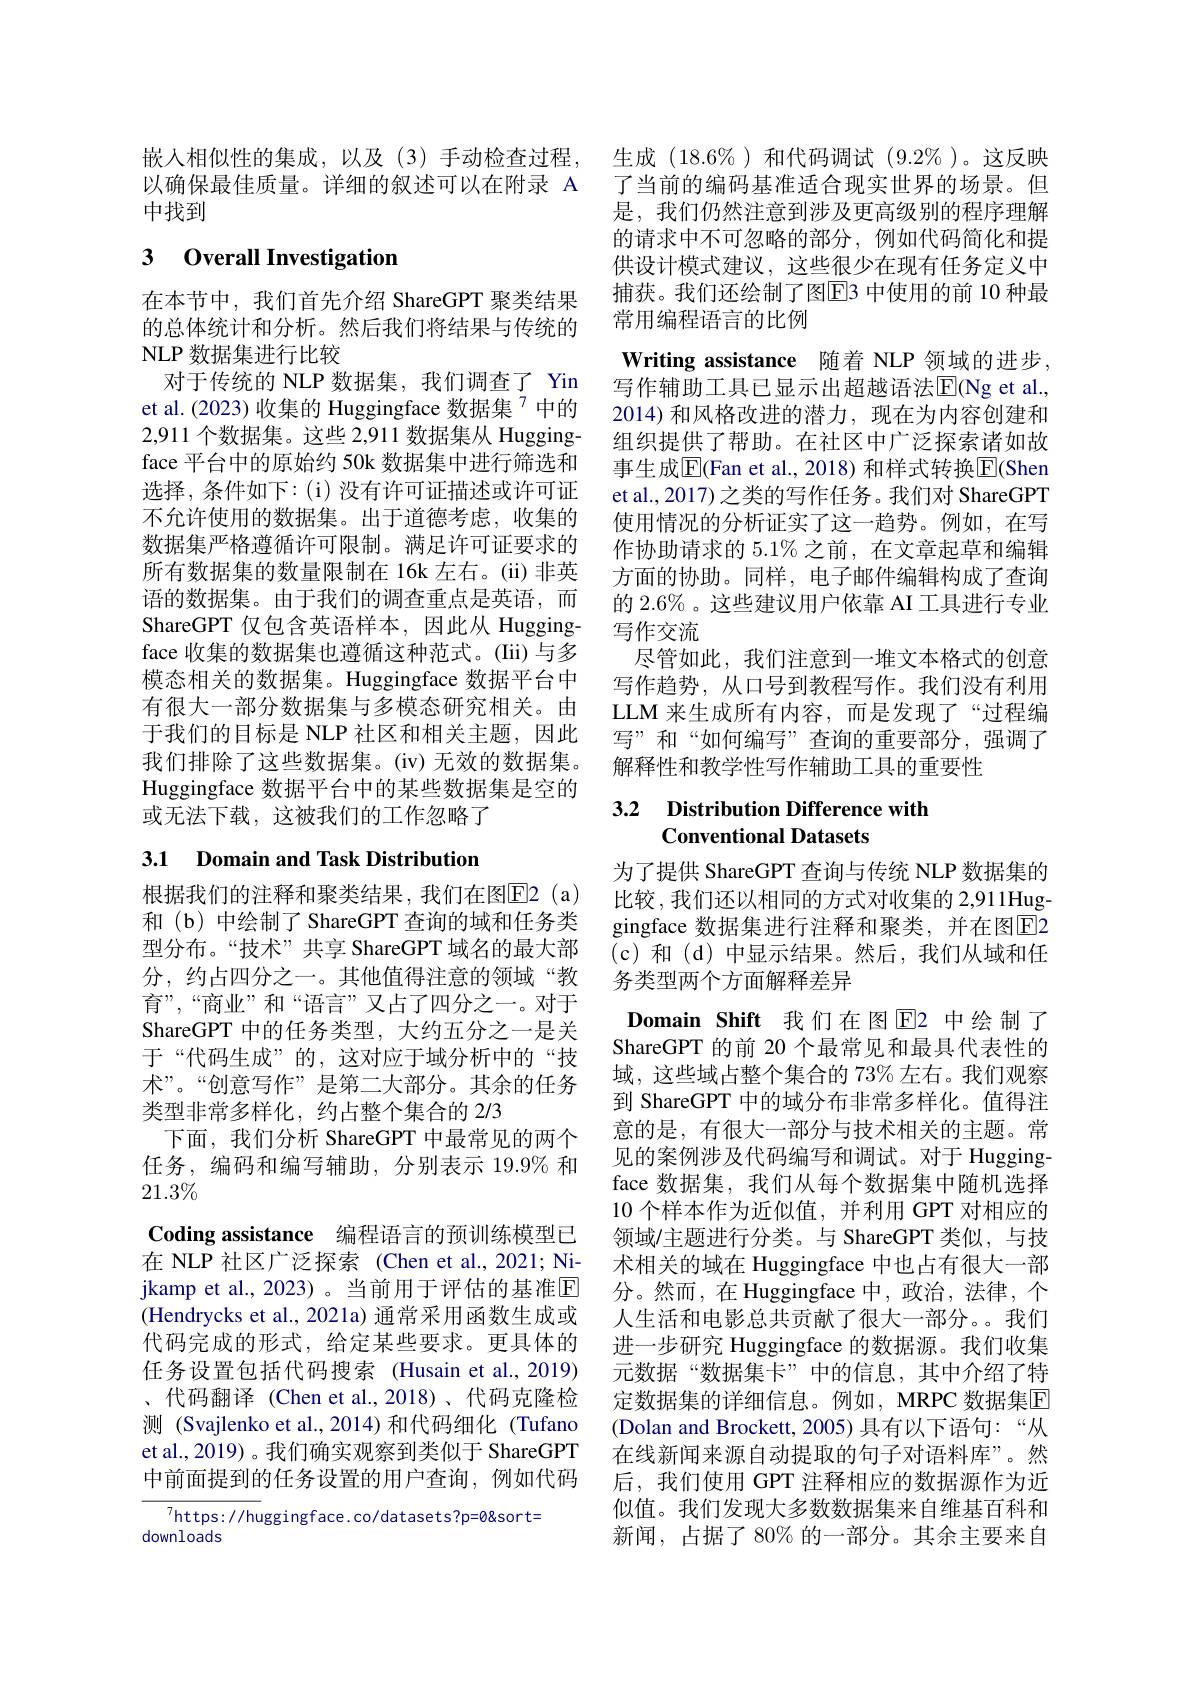
嵌入相似性的集成，以及(3)手动检查过程，生成 (18.6%)和代码调试 (9.2%)。这反映以确保最佳质量。详细的叙述可以在附录 A 了当前的编码基准适合现实世界的场景。但中找到

### 3 0verall Investigation

在本节中，我们首先介绍 ShareGPT 聚类结果的总体统计和分析。然后我们将结果与传统的NLP 数据集进行比较
对于传统的 NLP 数据集，我们调查了 Yin et al.(2023) 收集的 Huggingface 数据集$^{7}$中的2,911 个数据集。这些 2,911 数据集从 Huggingface 平台中的原始约 50k 数据集中进行筛选和选择，条件如下：(i)没有许可证描述或许可证不允许使用的数据集。出于道德考虑，收集的数据集严格遵循许可限制。满足许可证要求的所有数据集的数量限制在 16k 左右。(ii)非英语的数据集。由于我们的调查重点是英语，而ShareGPT 仅包含英语样本，因此从 Huggingface 收集的数据集也遵循这种范式。(Iii)与多模态相关的数据集。Huggingface 数据平台中有很大一部分数据集与多模态研究相关。由于我们的目标是 NLP 社区和相关主题，因此我们排除了这些数据集。(iv)无效的数据集。Huggingface 数据平台中的某些数据集是空的或无法下载，这被我们的工作忽略了

# 3.1 Domain and Task Distribution

根据我们的注释和聚类结果，我们在图$\overline{\mathrm{E}}$2(a) 和(b)中绘制了 ShareGPT 查询的域和任务类型分布。“技术”共享 ShareGPT 域名的最大部分，约占四分之一。其他值得注意的领域“教育”,“商业”和“语言”又占了四分之一。对于ShareGPT 中的任务类型，大约五分之一是关于“代码生成”的，这对应于域分析中的“技术”。“创意写作”是第二大部分。其余的任务类型非常多样化，约占整个集合的 2/3
下面，我们分析 ShareGPT 中最常见的两个任务，编码和编写辅助，分别表示 19.9% 和$21.3\%$
Coding assistance 编程语言的预训练模型已在 NLP 社区广泛探索 (Chen et al.,2021; Nijkamp et al.,2023)。当前用于评估的基准$\mathbb{E}$ (Hendrycks et al., 2021a) 通常采用函数生成或代码完成的形式，给定某些要求。更具体的任务设置包括代码搜索 (Husain et al., 2019) 、代码翻译 (Chen et al.,2018)、代码克隆检测 (Svajlenko et al.,2014)和代码细化 (Tufano et al., 2019) 。我们确实观察到类似于 ShareGPT 中前面提到的任务设置的用户查询，例如代码
${\sqrt{7}\text{https://huggingface.co/datasets?p=0\&sort=}}$

downloads

是，我们仍然注意到涉及更高级别的程序理解的请求中不可忽略的部分，例如代码简化和提供设计模式建议，这些很少在现有任务定义中捕获。我们还绘制了图EB 中使用的前 10 种最常用编程语言的比例
Writing assistance 随着 NLP 领域的进步， 写作辅助工具已显示出超越语法$\operatorname{E}(\operatorname{Ng}$ et al. 2014)和风格改进的潜力，现在为内容创建和组织提供了帮助。在社区中广泛探索诸如故事生成$\overline{\mathrm{E}}($Fan et al., 2018) 和样式转换$\overline{\mathrm{E}}($Shen et al., 2017) 之类的写作任务。我们对 ShareGPT 使用情况的分析证实了这一趋势。例如，在写作协助请求的 5.1% 之前，在文章起草和编辑方面的协助。同样，电子邮件编辑构成了查询的 2.6%。这些建议用户依靠 AI 工具进行专业写作交流
尽管如此，我们注意到一堆文本格式的创意写作趋势，从口号到教程写作。我们没有利用LLM 来生成所有内容，而是发现了“过程编写”和“如何编写”查询的重要部分，强调了解释性和教学性写作辅助工具的重要性

## 3.2 Distribution Difference with Conventional Datasets

为了提供 ShareGPT 查询与传统 NLP 数据集的比较，我们还以相同的方式对收集的 2,91 1Huggingface 数据集进行注释和聚类，并在图$\overline{\mathrm{E}}$2 (c)和(d)中显示结果。然后，我们从域和任务类型两个方面解释差异
Domain Shift 我们在图E2 中绘制了ShareGPT 的前 20 个最常见和最具代表性的域，这些域占整个集合的 73% 左右。我们观察到 ShareGPT 中的域分布非常多样化。值得注意的是，有很大一部分与技术相关的主题。常见的案例涉及代码编写和调试。对于 Huggingface 数据集，我们从每个数据集中随机选择10 个样本作为近似值，并利用 GPT 对相应的领域/主题进行分类。与 ShareGPT 类似，与技术相关的域在 Huggingface 中也占有很大一部分。然而，在 Huggingface 中，政治，法律，个人生活和电影总共贡献了很大一部分。。我们进一步研究 Huggingface 的数据源。我们收集元数据“数据集卡”中的信息，其中介绍了特定数据集的详细信息。例如，MRPC 数据集$\overline{\mathrm{F}}$ (Dolan and Brockett, 2005) 具有以下语句：“从在线新闻来源自动提取的句子对语料库”。然后，我们使用 GPT 注释相应的数据源作为近似值。我们发现大多数数据集来自维基百科和新闻，占据了80%的一部分。其余主要来自